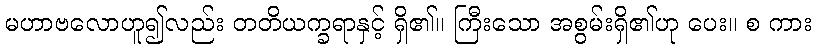
မဟာဗလောဟူ၍လည်း တတိယက္ခရာနှင့် ရှိ၏။ ကြီးသော အစွမ်းရှိ၏ဟု ပေး။ စ ကား